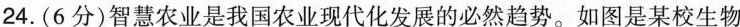
24.(6分)智慧农业是我国农业现代化发展的必然趋势。如图是某校生物